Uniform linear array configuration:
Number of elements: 8
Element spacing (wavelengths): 0.75
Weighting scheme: exponential
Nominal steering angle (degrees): -15
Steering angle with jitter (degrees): -16.133
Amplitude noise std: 0.05
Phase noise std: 0.05

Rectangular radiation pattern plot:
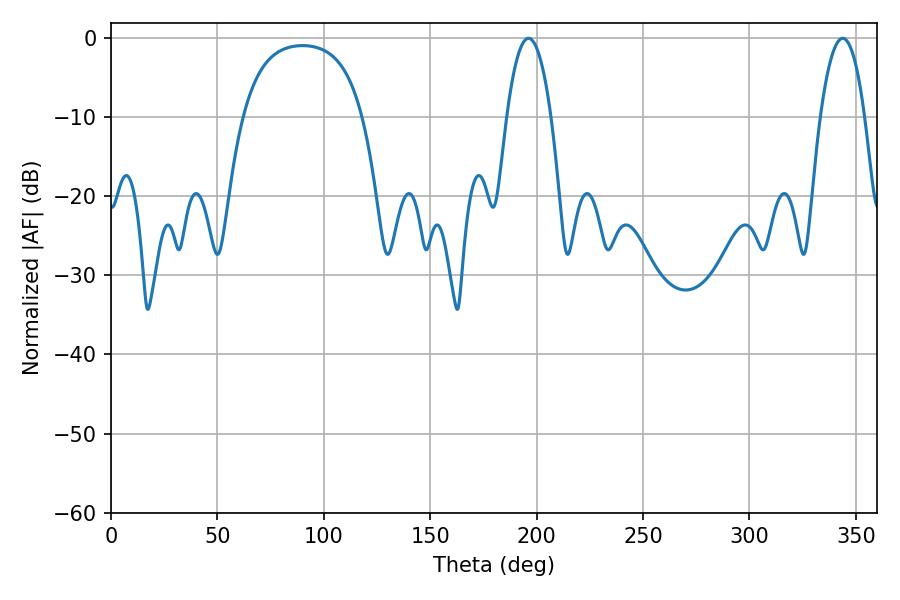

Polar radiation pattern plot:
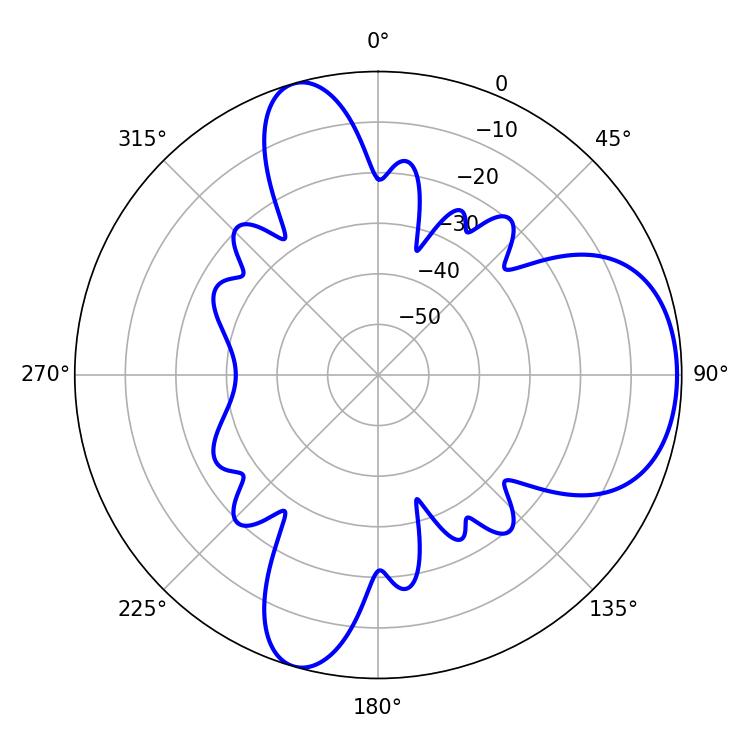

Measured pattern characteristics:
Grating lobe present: TRUE
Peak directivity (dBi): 6.96
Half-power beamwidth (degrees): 11.52
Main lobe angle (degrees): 196.2